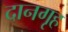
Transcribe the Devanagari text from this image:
दानगृह